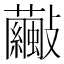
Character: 𣀺